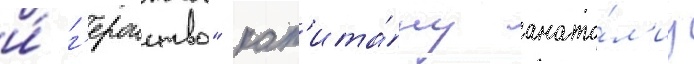
и́ г'ероиство" кап'ита́ну анато́л'иу